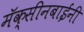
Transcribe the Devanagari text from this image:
मॅक्सीनबाईंनी